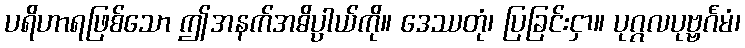
ပရိဟာရဖြစ်သော ဤအနက်အဓိပ္ပါယ်ကို။ ဒေဿတုံ၊ ပြခြင်းငှာ။ ပုဂ္ဂလပုဗ္ဗင်္ဂမံ၊